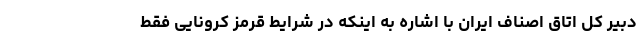
دبیر کل اتاق اصناف ایران با اشاره به اینکه در شرایط قرمز کرونایی فقط